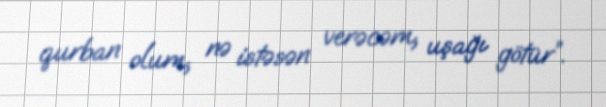
qurban olum, nə istəsən verəcəm, uşağı götür”.